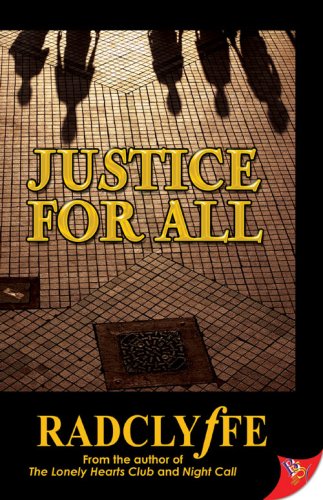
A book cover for Justice for All; Radclyffe; Romance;